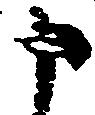
申